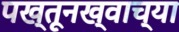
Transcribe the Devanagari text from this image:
पख्तूनख्वाच्या